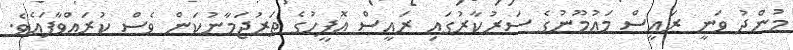
މުންދު ވަނީ ރައީސް މައުމޫނުގެ ސަރުކާރުގައި ރައީސް އޮފީހުގެ ތަރުޖަމާނުކަން ވެސް ކުރައްވާފައެވެ.